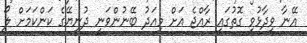
އޭނާ ވިދާޅުވި ގޮތުގައި ރާއްޖެ އަށް މިއަދު ބޭނުންވަނީ ދުނިޔޭގެ ކަންކަމަށް ލޯ